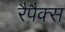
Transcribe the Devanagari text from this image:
रैपैक्स